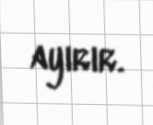
ayırır.